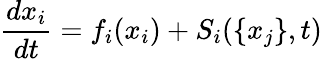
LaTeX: \frac{dx_{i}}{dt}=f_{i}(x_{i})+S_{i}(\{ x_{j}\} ,t)